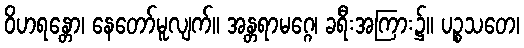
ဝိဟရန္တော၊ နေတော်မူလျက်။ အန္တရာမဂ္ဂေ၊ ခရီးအကြား၌။ ပဉ္စသတေ၊